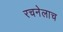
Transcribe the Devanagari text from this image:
रचनेलाच